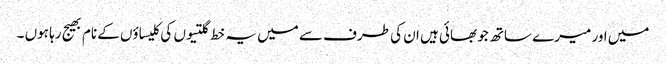
میں اور میرے ساتھ جو بھائی ہیں ان کی طرف سے میں یہ خط گلتیوں کی کلیساؤں کے نام بھیج رہا ہوں ۔